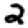
Digit: 2